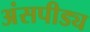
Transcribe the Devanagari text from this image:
अंसपीड्य